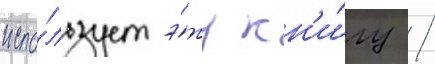
испо́льзует э́ту кн'и́гу /